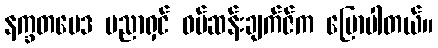
နက္ခတဗေဒ ပညာရှင် ဝမ်ဆန်းချက်ဇ်က ပြောပါတယ်။